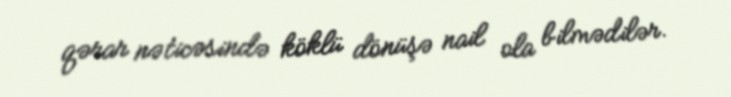
qərar nəticəsində köklü dönüşə nail ola bilmədilər.